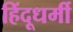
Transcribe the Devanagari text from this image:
हिंदूधर्मी